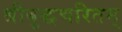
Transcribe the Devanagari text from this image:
श्रीबुद्धचरितम्